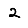
Digit: 2